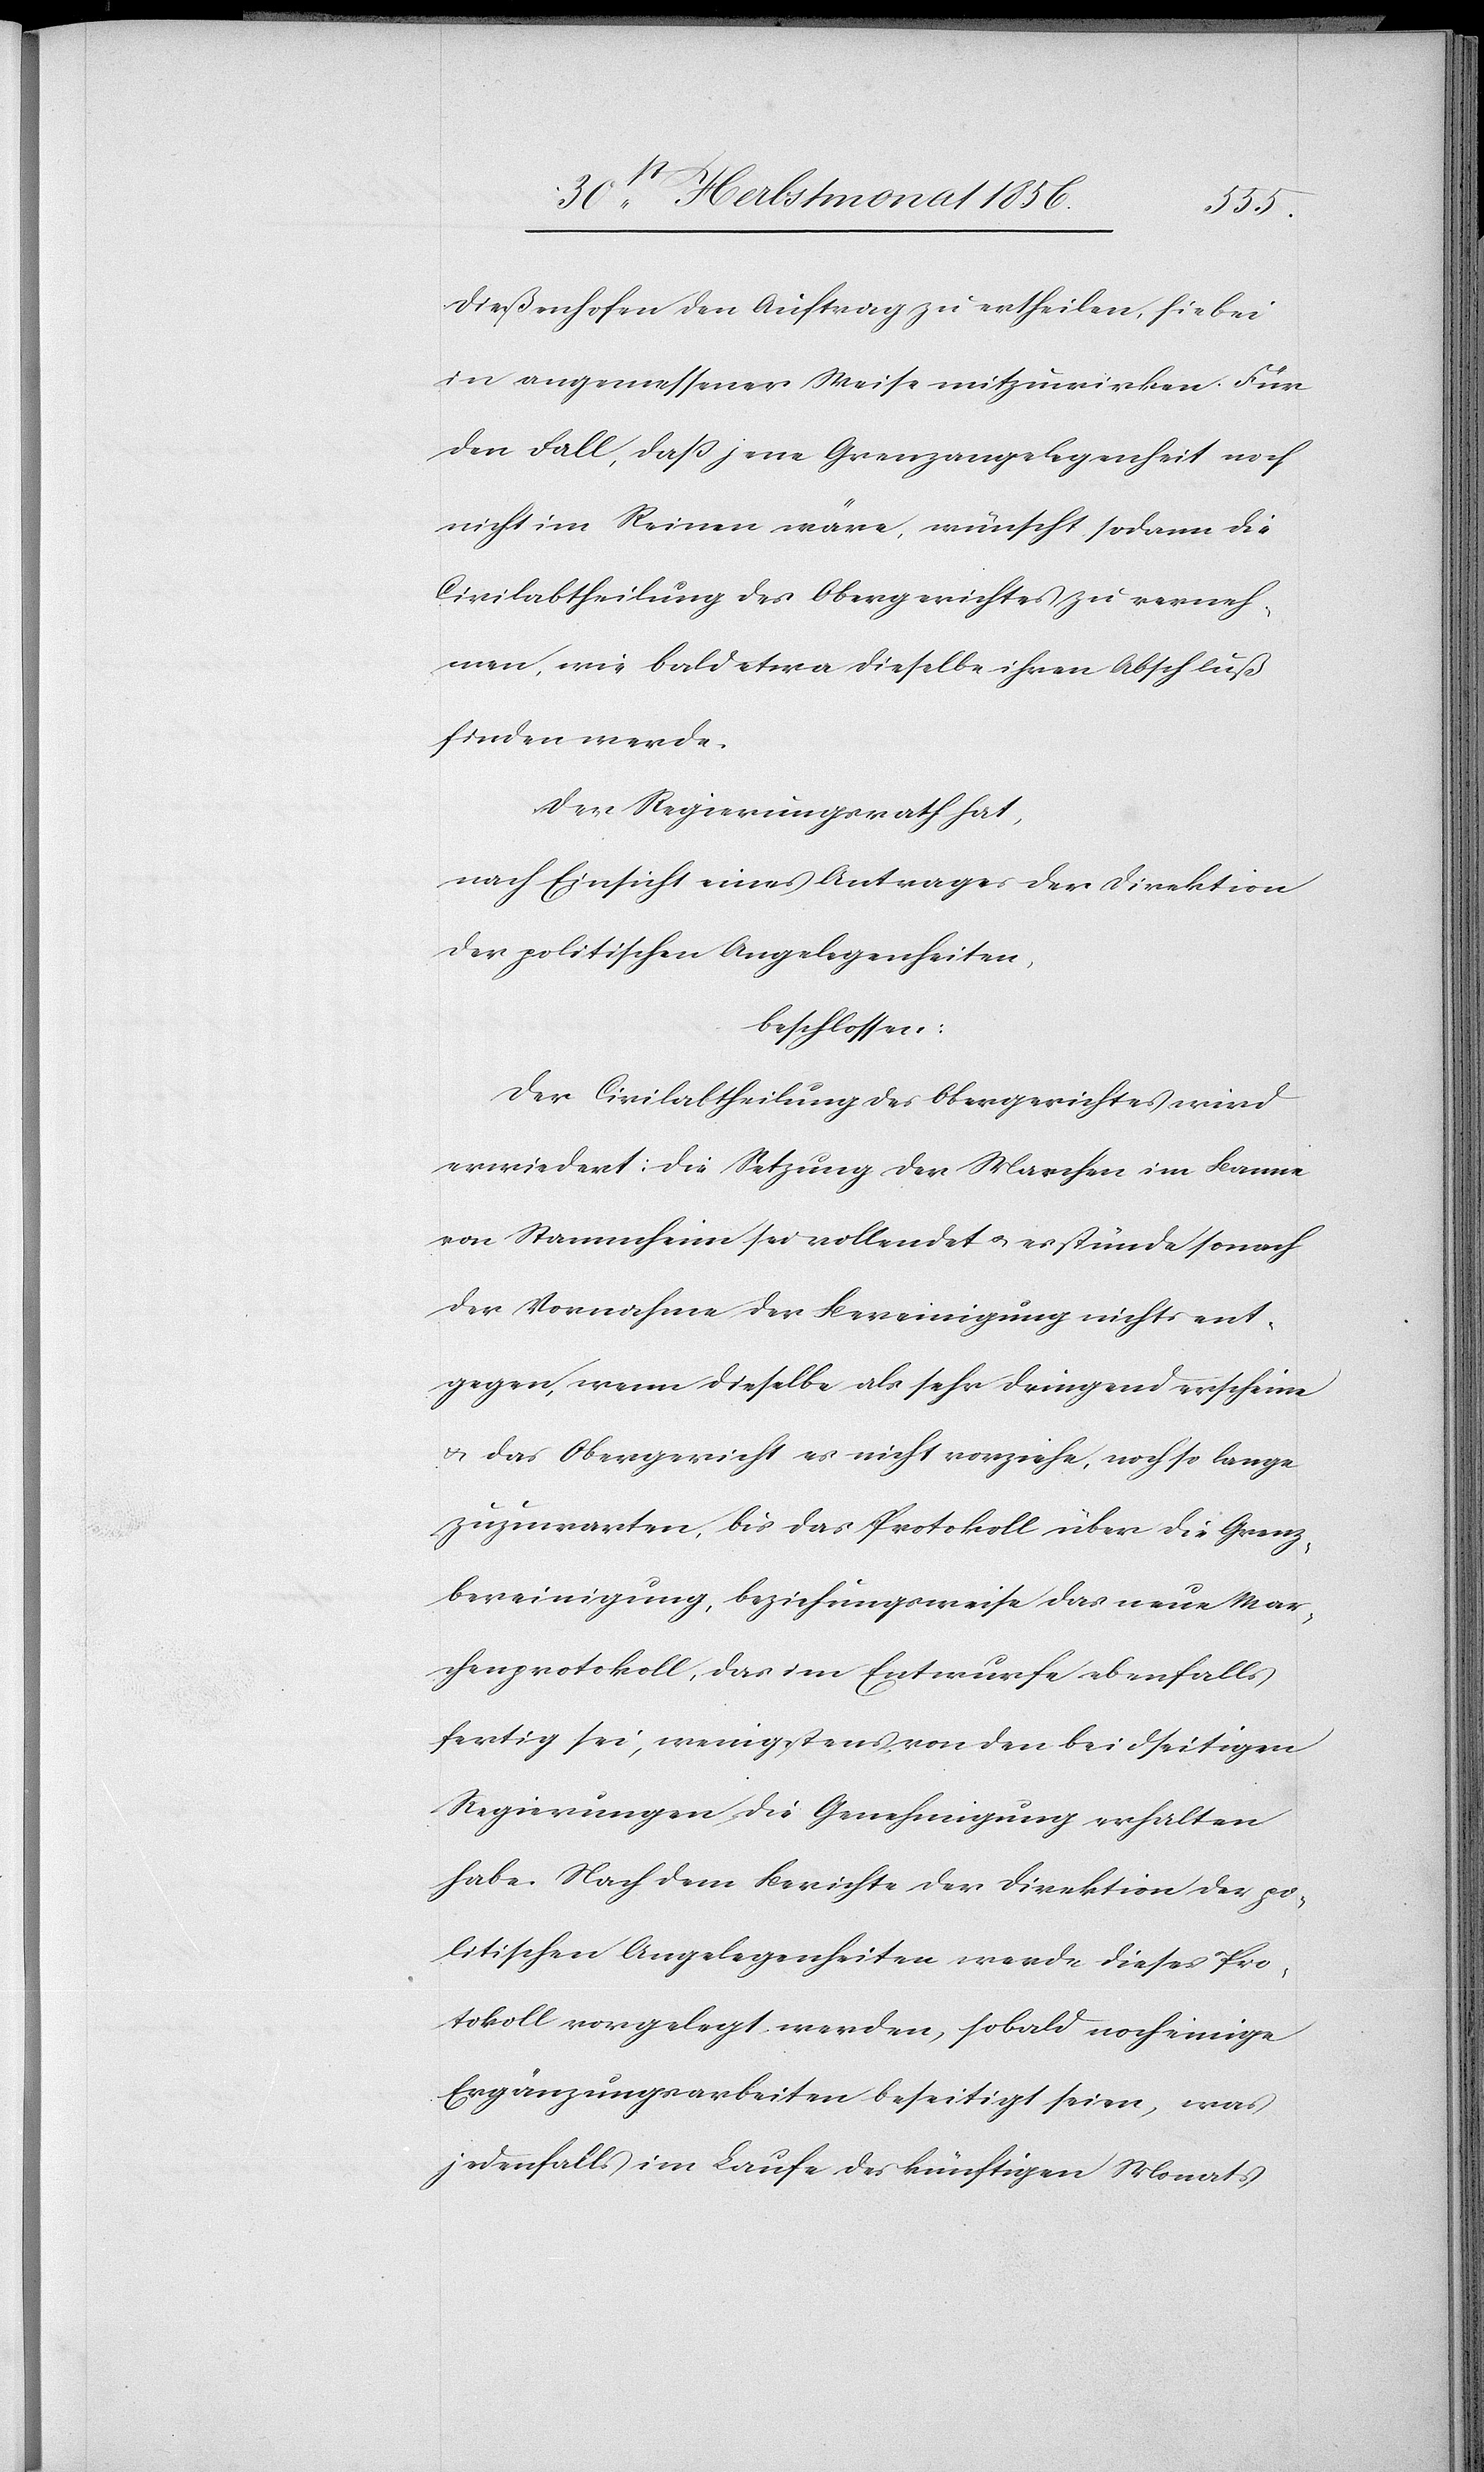
Dießenhofen den Auftrag zu ertheilen, hiebei
in angemessener Weise mitzuwirken. Für
den Fall, dass jene Grenzangelegenheit noch
nicht im Reinen wäre, wünscht sodann die
Civilabtheilung des Obergerichtes zu verneh¬
men, wie bald etwa dieselbe ihren Abschluß
finden werde.
Der Regierungsrath hat,
nach Einsicht eines Antrages der Direktion
der politischen Angelegenheiten,
beschlossen:
Der Civilabtheilung des Obergerichtes wird
erwiedert: Die Setzung der Marchen im Banne
von Stammheim sei vollendet u. es stünde sonach
der Vornahme der Bereinigung nichts ent¬
gegen, wenn dieselbe als sehr dringend erscheine
& das Obergericht es nicht vorziehe, noch so lange
zuzuwarten, bis das Protokoll über die Grenz¬
bereinigung beziehungsweise das neue Mar¬
chenprotokoll, das im Entwurfe ebenfalls
fertig sei, wenigstens von den beidseitigen
Regierungen die Genehmigung erhalten
habe. Nach dem Berichte der Direktion der po¬
litischen Angelegenheiten werde dieses Pro¬
tokoll vorgelegt werden, sobald noch einige
Ergänzungsarbeiten beseitigt seien, was
jedenfalls im Laufe des künftigen Monats